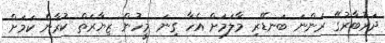
ދަރުބާރުގޭ ރަންނަ ބަނޑޭރި މާލަމަށް އެހާ ގިނަ މީހުން ޒިޔާރަތް ކުރާނެ ކަމަށް